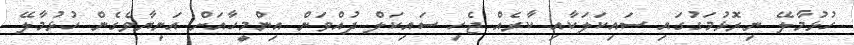
ހުޅުމާލޭ ނިރޮޅުމަގުގައި ސައިކަލަކާއި ކާރެއް ޖެހި ސައިކަލް ދުއްވަން އިންމީހާއަށް އަނިޔާވެގެން ހުޅުމާލޭ